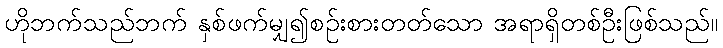
ဟိုဘက်သည်ဘက် နှစ်ဖက်မျှ၍စဉ်းစားတတ်သော အရာရှိတစ်ဦးဖြစ်သည်။